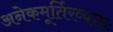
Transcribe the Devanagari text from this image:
अनेकमूर्तिरव्यक्तः